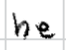
Text: he
Cross-out: clean
Writing tool: digital_black